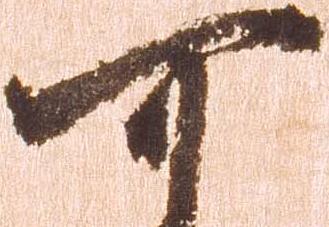
可